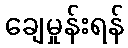
ချေမှုန်းရန်